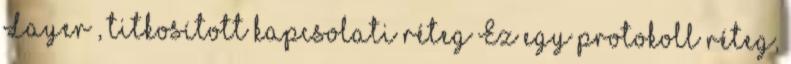
Layer , titkosított kapcsolati réteg Ez egy protokoll réteg,